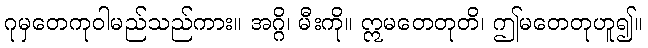
ဂုမှတေကုဝါမည်သည်ကား။ အဂ္ဂိ၊ မီးကို။ ဣမတေတုတိ၊ ဤမတေတုဟူ၍။